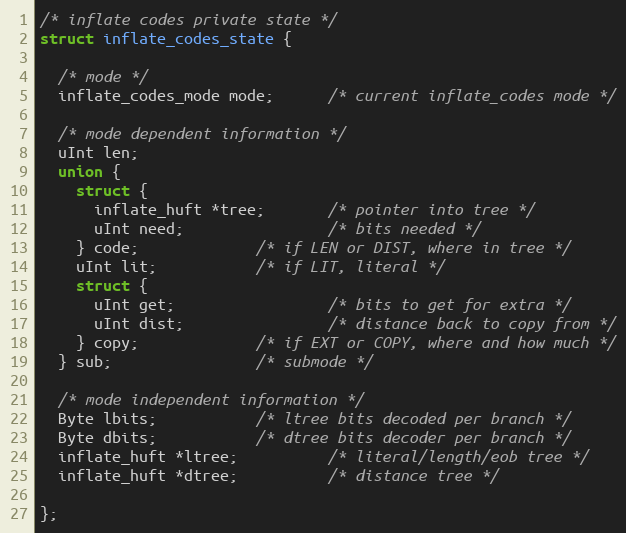
Language: C
/* inflate codes private state */
struct inflate_codes_state {

  /* mode */
  inflate_codes_mode mode;      /* current inflate_codes mode */

  /* mode dependent information */
  uInt len;
  union {
    struct {
      inflate_huft *tree;       /* pointer into tree */
      uInt need;                /* bits needed */
    } code;             /* if LEN or DIST, where in tree */
    uInt lit;           /* if LIT, literal */
    struct {
      uInt get;                 /* bits to get for extra */
      uInt dist;                /* distance back to copy from */
    } copy;             /* if EXT or COPY, where and how much */
  } sub;                /* submode */

  /* mode independent information */
  Byte lbits;           /* ltree bits decoded per branch */
  Byte dbits;           /* dtree bits decoder per branch */
  inflate_huft *ltree;          /* literal/length/eob tree */
  inflate_huft *dtree;          /* distance tree */

};